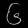
Digit: ၆